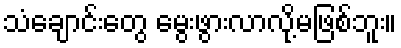
သံချောင်းတွေ မွေးဖွားလာလို့မဖြစ်ဘူး။